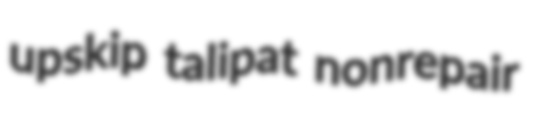
upskip talipat nonrepair